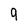
Character: 9